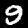
Label: 9